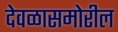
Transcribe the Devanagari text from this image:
देवळासमोरील